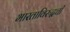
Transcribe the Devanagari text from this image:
भारताविरुद्धची